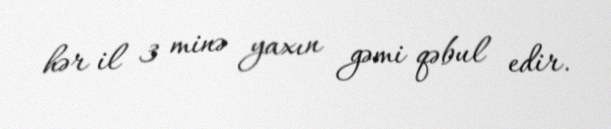
hər il 3 minə yaxın gəmi qəbul edir.